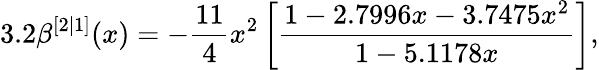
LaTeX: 3.2\beta^{[2|1]}(x)=-\frac{11}{4}x^{2}\left[\frac{1-2.7996x-3.7475x^{2}}{1-5.1178x}\right],